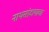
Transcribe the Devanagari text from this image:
नाथसंप्रदायाचा